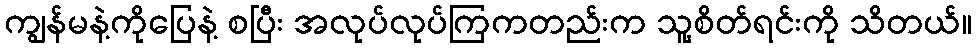
ကျွန်မနဲ့ကိုပြေနဲ့ စပြီး အလုပ်လုပ်ကြကတည်းက သူ့စိတ်ရင်းကို သိတယ်။